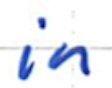
Text: in
Cross-out: clean
Writing tool: ballpoint